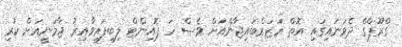
ގްރޫޕްގެ ދެވަނައިގައި އޮތް އަޒަރްބައިޖާންއަށް ވެސް ހަ ޕޮއިންޓް ލިބިފައިވާއިރު ޖާމަނީއަށް ކުރި